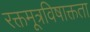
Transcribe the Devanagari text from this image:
रक्तमूत्रविषाक्तता